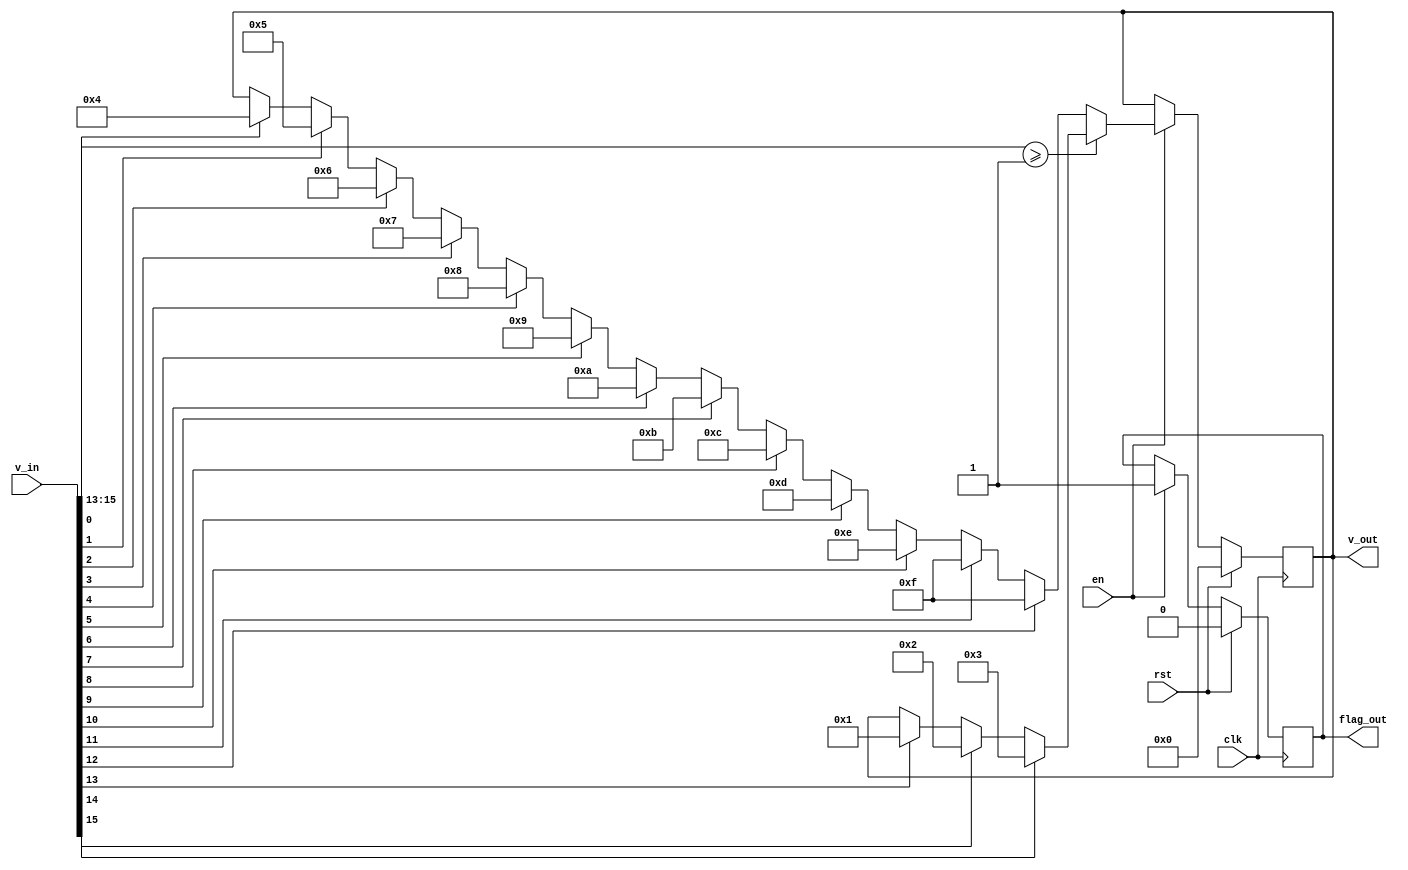
`timescale 1ns / 1ps
//////////////////////////////////////////////////////////////////////////////////
// Company: 
// Engineer: 
// 
// Design Name: 
// Module Name: venkat_log2
// Project Name: 
// Target Devices: 
// Tool Versions: 
// Description: 
// 
// Dependencies: 
// 
// Revision:
// Revision 0.01 - File Created
// Additional Comments:
// 
//////////////////////////////////////////////////////////////////////////////////



module log2_cal(clk,rst,en,v_in,v_out,flag_out);
    
    input clk;
    input rst;
    input en;
    input [15:0] v_in; //(16,13)
    output reg [3:0] v_out;
    output reg flag_out;         
always@(posedge clk) 
begin
    if(rst) begin
        v_out    <=0;
        flag_out <=0;
    end 
    else if(en) begin
            if(v_in[15:13]>=1) begin
                if(v_in[15]) v_out<= 3;
                else if(v_in[14]) v_out<= 2;
                else if(v_in[13]) v_out<= 1;
                flag_out<=1;
            end
            else begin 
                if(v_in[12]) v_out<= -1;
                else if(v_in[11]) v_out<= -1;
                else if(v_in[10]) v_out<= -2;
                else if(v_in[9])  v_out<= -3;
                else if(v_in[8])  v_out<= -4;
                else if(v_in[7])  v_out<= -5;
                else if(v_in[6])  v_out<= -6;
                else if(v_in[5])  v_out<= -7;
                else if(v_in[4])  v_out<= -8;
                else if(v_in[3])  v_out<= -9;
                else if(v_in[2])  v_out<= -10;
                else if(v_in[1])  v_out<= -11;
                else if(v_in[0])  v_out<= -12;
                flag_out<=1;
                 end
                 
    end 
                
end
endmodule